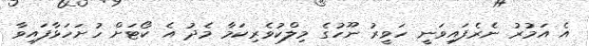
އެ އަމުރު ނެރެފައިވަނީ ހަވީރު ނޫހުގެ މިލްކުވެރިކަމާ މެދު އެ ކޯޓަށް ހުށަހަޅާފައިވާ